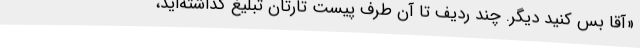
«آقا بس کنید دیگر. چند ردیف تا آن طرف پیست تارتان تبلیغ گذاشته‌اید،